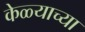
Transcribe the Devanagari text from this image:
केळ्याच्या